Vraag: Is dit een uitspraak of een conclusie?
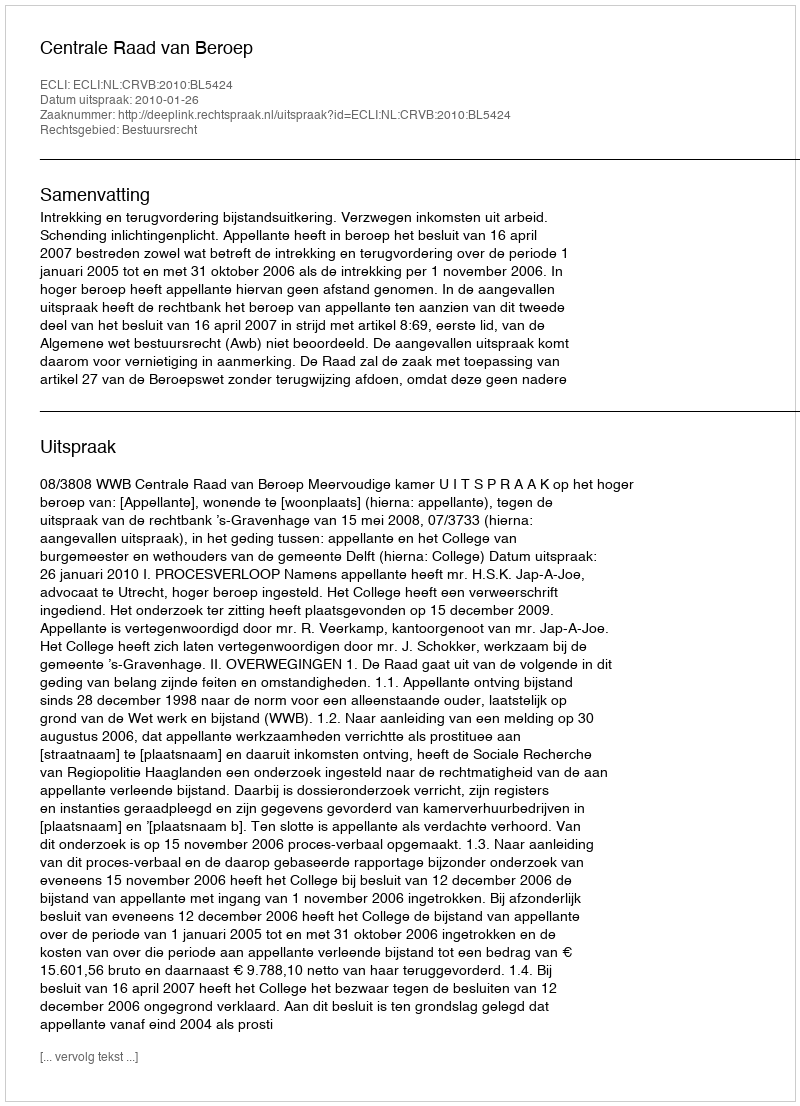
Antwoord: Uitspraak